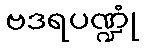
ဗဒရပဏ္ဍုံ